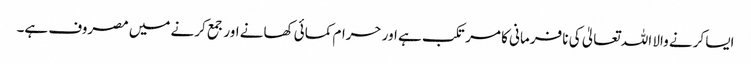
ایسا کرنے والا اللہ تعالیٰ کی نا فرمانی کا مرتکب ہے اور حرام کمائی کھانے اور جمع کرنے میں مصروف ہے۔